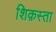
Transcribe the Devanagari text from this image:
शिक़स्ता